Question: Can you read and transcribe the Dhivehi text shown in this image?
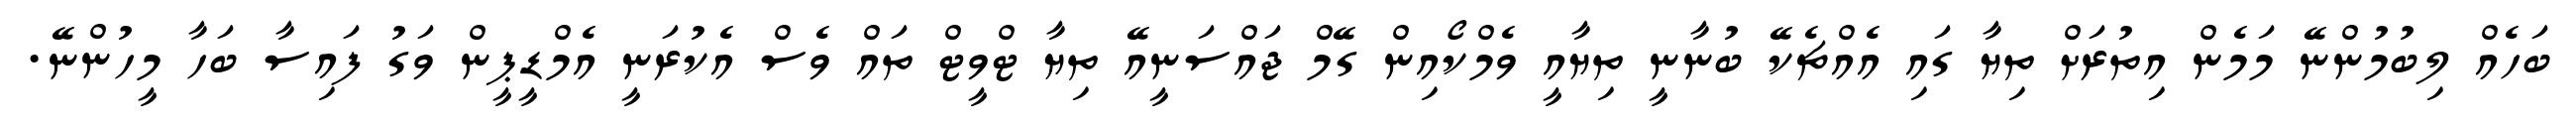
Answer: ބަހެއް ލިބުމުންނޭ މަމެން އިތުރަށް ތިޔާ ގައި އެއްޗެކޭ ބުނާނީ ތިޔާއީ ވެމްކޯއިން ގޭމް ޖައްސަނީއޭ ތިޔާ ޓްވީޓް ތައް ވެސް އެކުރަނީ އެމްޑީޕީން ވަގު ފައިސާ ބަހާ މީހުންނޭ.